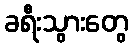
ခရီးသွားတွေ